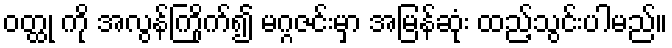
ဝတ္ထု ကို အလွန်ကြိုက်၍ မဂ္ဂဇင်းမှာ အမြန်ဆုံး ထည့်သွင်းပါမည်။